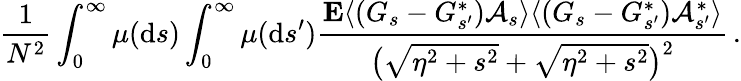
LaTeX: \frac{1}{N^{2}}\int_{0}^{\infty}\mu(\mathrm{d}s)\int_{0}^{\infty}\mu(\mathrm{d}s^{\prime})\frac{\mathbf{E}\langle(G_{s}-G_{s^{\prime}}^{*})\mathcal{A}_{s}\rangle\langle(G_{s}-G_{s^{\prime}}^{*})\mathcal{A}_{s^{\prime}}^{*}\rangle}{\big(\sqrt{\eta^{2}+s^{2}}+\sqrt{\eta^{2}+s^{2}}\big)^{2}}\, .